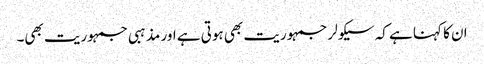
ان کا کہنا ہے کہ سیکولر جمہوریت بھی ہوتی ہے اور مذہبی جمہوریت بھی۔